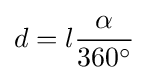
d=l{\frac {\alpha }{360^{\circ }}}